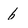
Character: 6